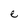
Character: e